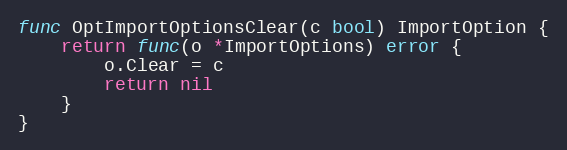
Language: Go
func OptImportOptionsClear(c bool) ImportOption {
	return func(o *ImportOptions) error {
		o.Clear = c
		return nil
	}
}